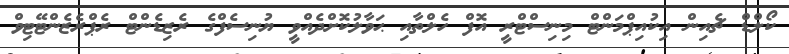
ކޯލްޑް ޗެއިން އިކުއިޕްމަންޓް މިނިސްޓްރީ އޮފް ހެލްތާއި ޙަވާލުކޮށްދެއްވީ ޔުނިސެފްގެ ރެޒިޑެންޓް ރެޕްރެޒެންޓޭޓިވް